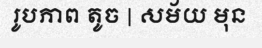
រូបភាព តូច | សម័យ មុន